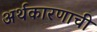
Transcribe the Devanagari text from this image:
अर्थकारणाची